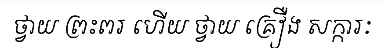
ថ្វាយ ព្រះពរ ហើយ ថ្វាយ គ្រឿង សក្ការៈ